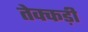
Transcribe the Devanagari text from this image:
तेक्कड़ी